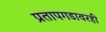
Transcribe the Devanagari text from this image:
प्रतापगडावरही